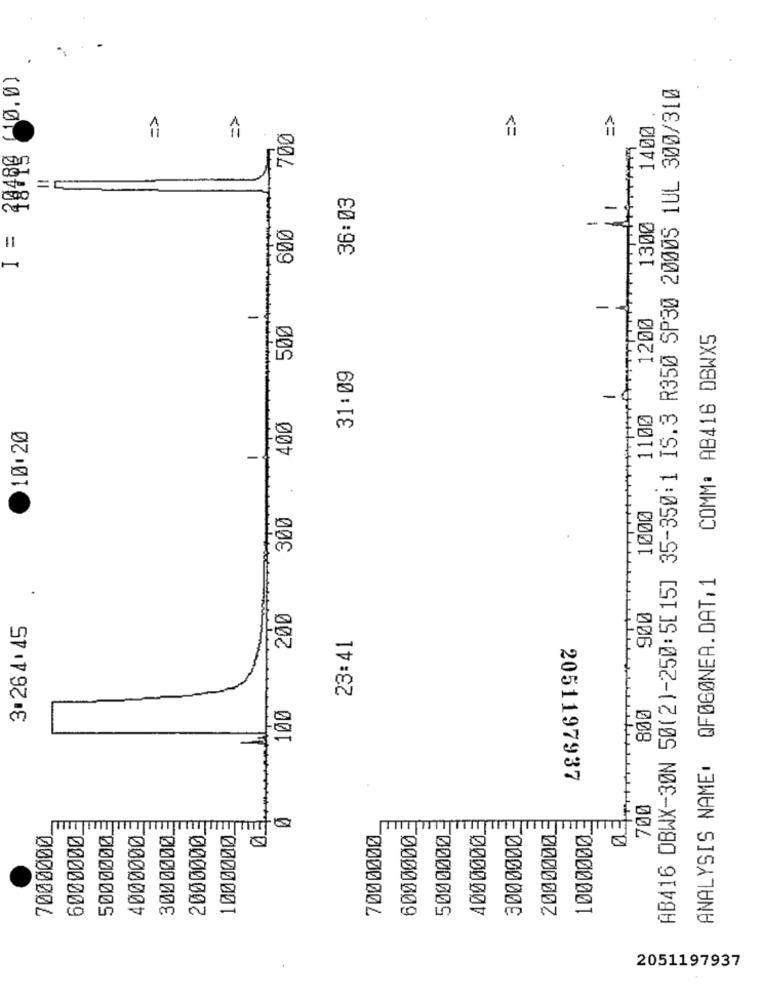
(10.0)
AB416 DBWX-30N 50(2)-250:5[15] 35-350:1 IS.3 R350 SP30 2000S 1UL 300/310
=>
=>
=>
=>
1400
700
=
36:03
1300
600
-
I =
-
1200
-
500
COMM: AB416 DBWX5
31:09
-
1100
400
10.20
1000
300
QFØGØNER.DAT,1
200
900
3.264. 45
23:41
800
100
ANALYSIS NAME:
2051197937
700
3000000.
1000000
1000000
7000000
6000000
5000000
4000000
2000000
7000000
6000000
TTT
5000000
4000000
3000000
2000000
nf
2051197937